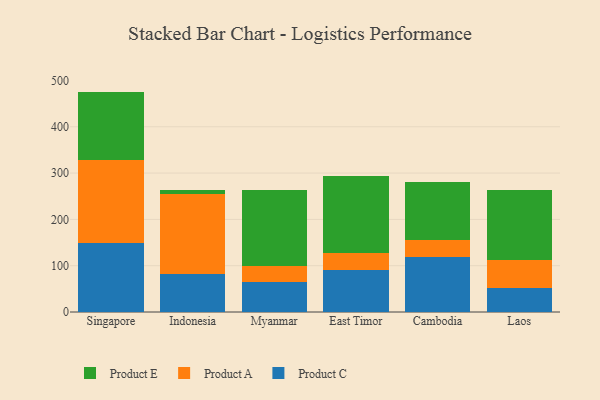
{"axis": {"x": "Country", "y": "Energy Usage (MWh)"}, "legend": ["Product A", "Product C", "Product E"], "data": [{"x": "Singapore", "y": 148.5, "type": "Product C"}, {"x": "Singapore", "y": 179.7, "type": "Product A"}, {"x": "Singapore", "y": 147.7, "type": "Product E"}, {"x": "Indonesia", "y": 81.7, "type": "Product C"}, {"x": "Indonesia", "y": 173.3, "type": "Product A"}, {"x": "Indonesia", "y": 8.2, "type": "Product E"}, {"x": "Myanmar", "y": 64.1, "type": "Product C"}, {"x": "Myanmar", "y": 34.5, "type": "Product A"}, {"x": "Myanmar", "y": 165.3, "type": "Product E"}, {"x": "East Timor", "y": 91.1, "type": "Product C"}, {"x": "East Timor", "y": 36.4, "type": "Product A"}, {"x": "East Timor", "y": 165.9, "type": "Product E"}, {"x": "Cambodia", "y": 117.7, "type": "Product C"}, {"x": "Cambodia", "y": 37.6, "type": "Product A"}, {"x": "Cambodia", "y": 124.9, "type": "Product E"}, {"x": "Laos", "y": 51.5, "type": "Product C"}, {"x": "Laos", "y": 60.1, "type": "Product A"}, {"x": "Laos", "y": 152.7, "type": "Product E"}]}